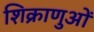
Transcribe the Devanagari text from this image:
शिक्राणुओं